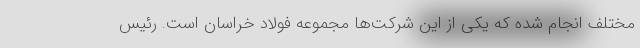
مختلف انجام شده که یکی از این شرکت‌ها مجموعه فولاد خراسان است. رئیس